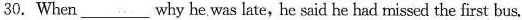
30.When___why he was late, he said he had missed the first bus.